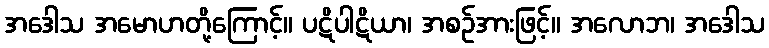
အဒေါသ အမောဟတို့ကြောင့်။ ပဋိပါဋိယာ၊ အစဉ်အားဖြင့်။ အလောဘ၊ အဒေါသ